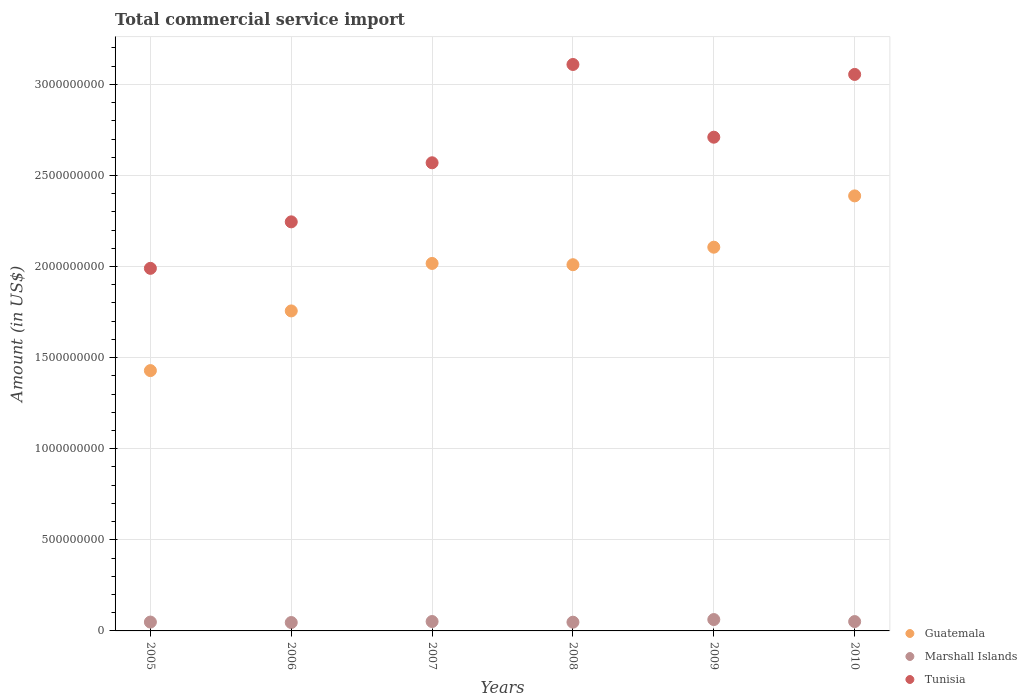
| Years | Guatemala | Marshall Islands | Tunisia |
 | --- | --- | --- | --- |
 | 2005 | 1.43e+09 | 4.86e+07 | 1.99e+09 |
 | 2006 | 1.76e+09 | 4.6e+07 | 2.25e+09 |
 | 2007 | 2.02e+09 | 5.16e+07 | 2.57e+09 |
 | 2008 | 2.01e+09 | 4.79e+07 | 3.11e+09 |
 | 2009 | 2.11e+09 | 6.24e+07 | 2.71e+09 |
 | 2010 | 2.39e+09 | 5.13e+07 | 3.05e+09 |